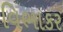
વિભાકર